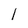
Character: l